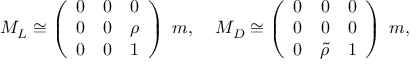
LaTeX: M _ { L } \cong \left( \begin{array} { c c c } { { 0 } } & { { 0 } } & { { 0 } } \\ { { 0 } } & { { 0 } } & { { \rho } } \\ { { 0 } } & { { 0 } } & { { 1 } } \end{array} \right) \; m , \; \; \; \; M _ { D } \cong \left( \begin{array} { c c c } { { 0 } } & { { 0 } } & { { 0 } } \\ { { 0 } } & { { 0 } } & { { 0 } } \\ { { 0 } } & { { \tilde { \rho } } } & { { 1 } } \end{array} \right) \; m ,